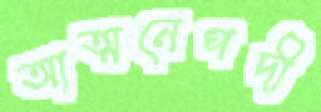
আত্মনেপদী